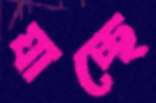
যাচ্ছে